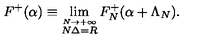
F ^ { + } ( \alpha ) \equiv \lim _ { \stackrel { N \rightarrow + \infty } { N \Delta = R } } F _ { N } ^ { + } ( \alpha + \Lambda _ { N } ) .